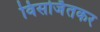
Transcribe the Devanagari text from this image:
विसर्जितकर